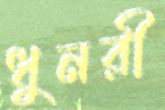
ধুনরী